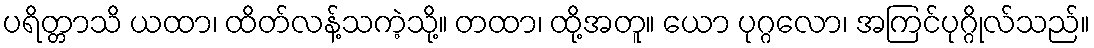
ပရိတ္တာသိ ယထာ၊ ထိတ်လန့်သကဲ့သို့။ တထာ၊ ထို့အတူ။ ယော ပုဂ္ဂလော၊ အကြင်ပုဂ္ဂိုလ်သည်။